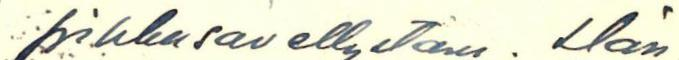
pikkusävellystäni. Hän